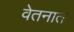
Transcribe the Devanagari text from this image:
वेतनात